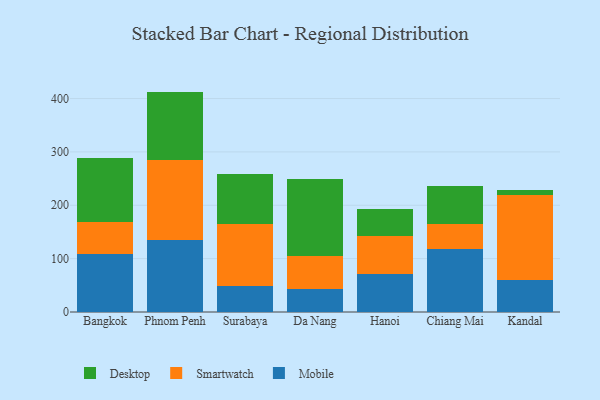
{"axis": {"x": "City", "y": "Temperature (°C)"}, "legend": ["Desktop", "Mobile", "Smartwatch"], "data": [{"x": "Bangkok", "y": 107.8, "type": "Mobile"}, {"x": "Bangkok", "y": 60.3, "type": "Smartwatch"}, {"x": "Bangkok", "y": 120.8, "type": "Desktop"}, {"x": "Phnom Penh", "y": 134.4, "type": "Mobile"}, {"x": "Phnom Penh", "y": 150.5, "type": "Smartwatch"}, {"x": "Phnom Penh", "y": 128.1, "type": "Desktop"}, {"x": "Surabaya", "y": 48.8, "type": "Mobile"}, {"x": "Surabaya", "y": 116.2, "type": "Smartwatch"}, {"x": "Surabaya", "y": 94.5, "type": "Desktop"}, {"x": "Da Nang", "y": 42.8, "type": "Mobile"}, {"x": "Da Nang", "y": 61.5, "type": "Smartwatch"}, {"x": "Da Nang", "y": 145.8, "type": "Desktop"}, {"x": "Hanoi", "y": 70.3, "type": "Mobile"}, {"x": "Hanoi", "y": 72.9, "type": "Smartwatch"}, {"x": "Hanoi", "y": 49.1, "type": "Desktop"}, {"x": "Chiang Mai", "y": 118.5, "type": "Mobile"}, {"x": "Chiang Mai", "y": 46.0, "type": "Smartwatch"}, {"x": "Chiang Mai", "y": 71.0, "type": "Desktop"}, {"x": "Kandal", "y": 60.9, "type": "Mobile"}, {"x": "Kandal", "y": 158.9, "type": "Smartwatch"}, {"x": "Kandal", "y": 8.4, "type": "Desktop"}]}